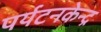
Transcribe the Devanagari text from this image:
पर्यटनकेन्द्र